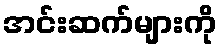
အင်းဆက်များကို